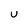
Character: u